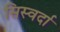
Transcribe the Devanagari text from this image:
सिस्वर्दा